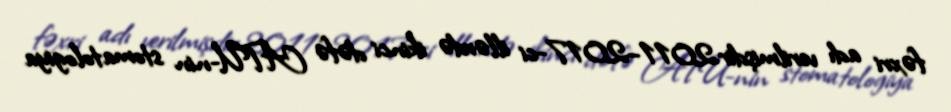
fəxri adı verilmişdir.2011–2017-ci illərdə ikinci dəfə ATU-nin stomatologiya